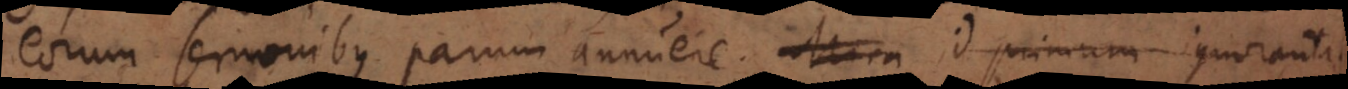
eorum sermonibus parum annuere. Mira id primum ignorantiae